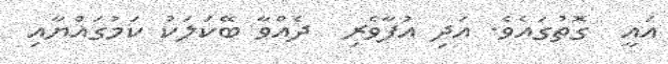
އައީ  ގޮތުގައެވެ. އަދި އުފާވެރި  ދެއްވާ ބޭކަލަކު ކަމުގައްޔާއި